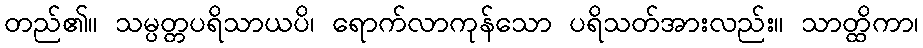
တည်၏။ သမ္ပတ္တပရိသာယပိ၊ ရောက်လာကုန်သော ပရိသတ်အားလည်း။ သာတ္ထိကာ၊